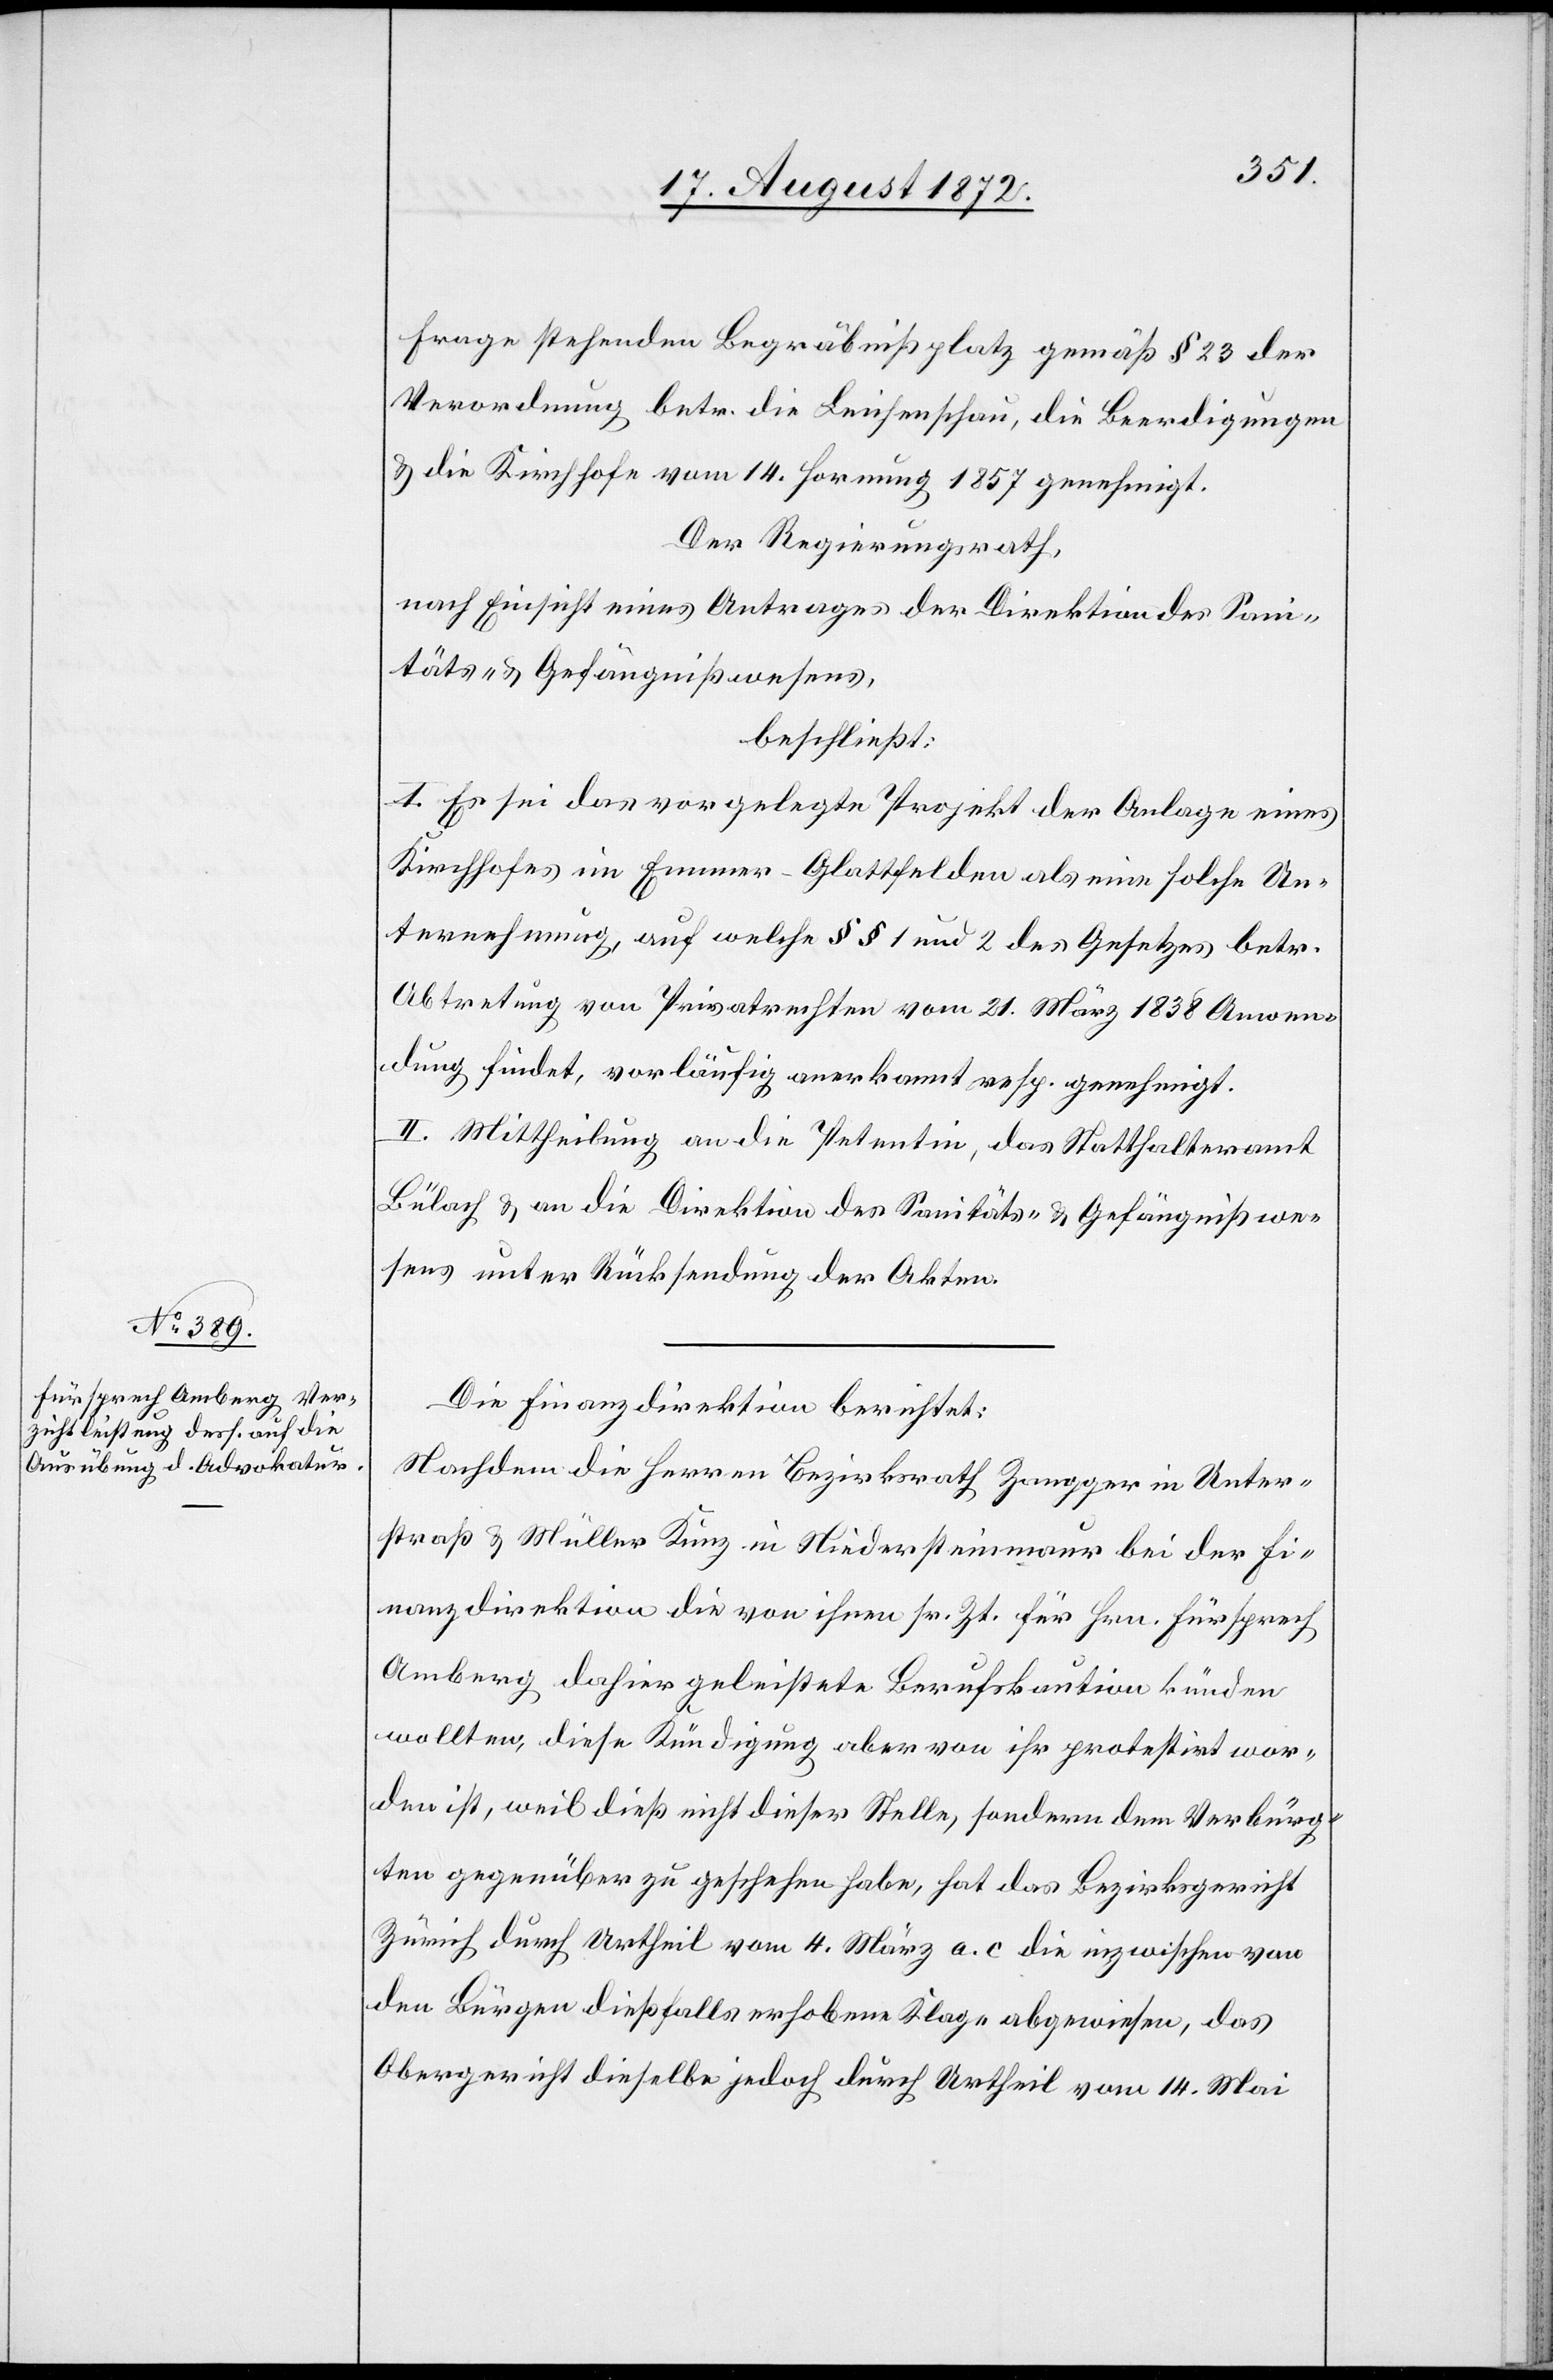
Frage stehenden Begräbnißplatz gemäß § 23 der
Verordnung betr. die Leichenschau, die Beerdigungen
u. die Kirchhofe vom 14. Hornung 1857 genehmigt.
Der Regierungsrath,
nach Einsicht eines Antrages der Direktion des Sani¬
täts- u. Gefängnißwesens,
beschließt:
I. Es sei das vorgelegte Projekt der Anlage eines
Kirchhofes im Emmer-Glattfelden als eine solche Un¬
ternehmung, auf welche §§ 1 und 2 des Gesetzes betr.
Abtretung von Privatrechten vom 21. März 1838 Anwen¬
dung findet, vorläufig anerkannt resp. genehmigt.
II. Mittheilung an die Petentin, das Statthalteramt
Bülach u. an die Direktion des Sanitäts- u. Gefängnißwe¬
sens unter Rücksendung der Akten.
Die Finanzdirektion berichtet:
Nachdem die Herren Bezirksrath Zangger in Unter¬
straße u. Müller Kunz in Niedersteinmaur bei der Fi¬
nanzdirektion die von ihnen sr. Zt. für Hrn. Fürsprech
Amberg dahier geleistete Berufskaution künden
wollten, diese Kündigung aber von ihr protestirt wor¬
den ist, weil dieß nicht dieser Stelle, sondern dem Verbürg¬
ten gegenüber zu geschehen habe, hat das Bezirksgericht
Zürich durch Urtheil vom 4. März a. c. die inzwischen von
den Bürgen dießfalls erhobene Klage abgewiesen, das
Obergericht dieselbe jedoch durch Urtheil vom 14. Mai